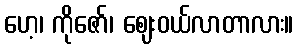
ဟေ့၊ ကိုဇော်၊ ဈေးဝယ်လာတာလား။